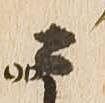
々